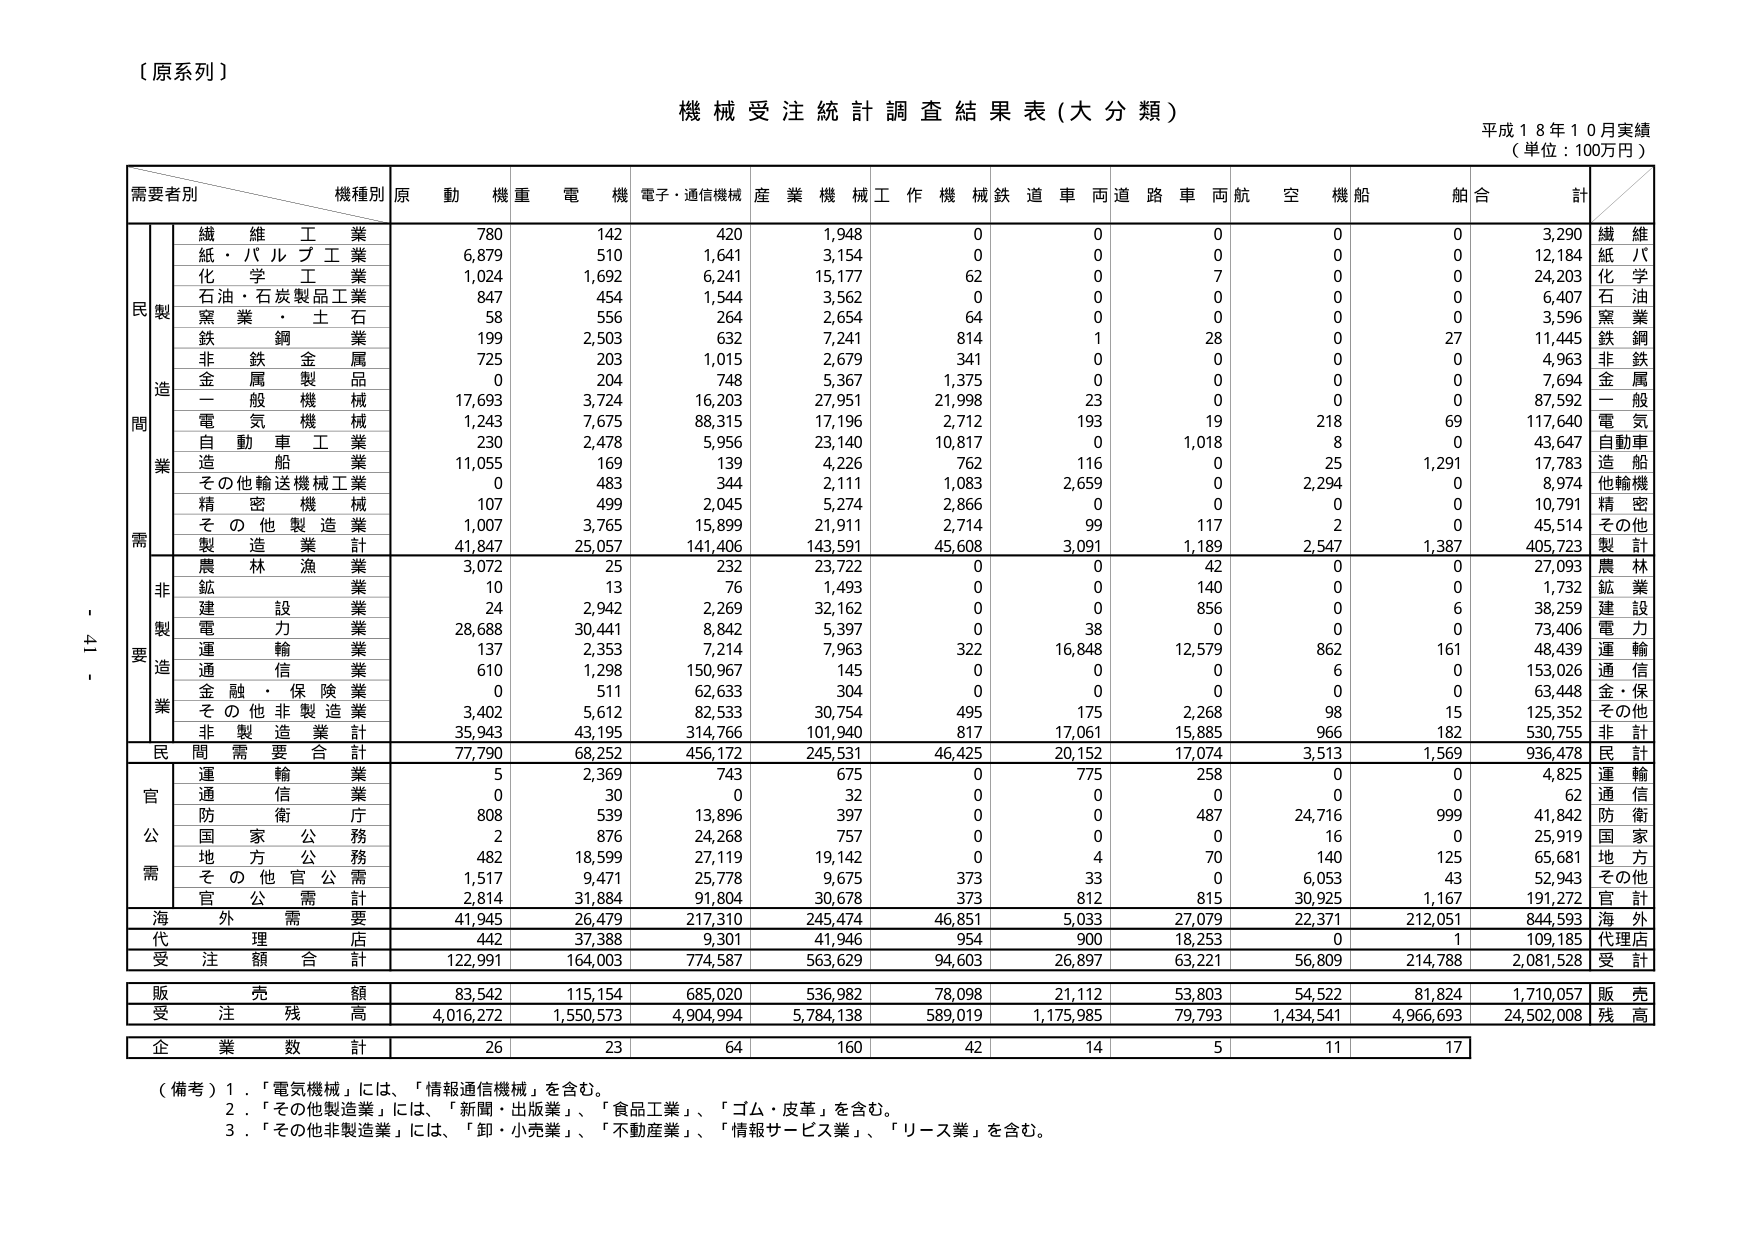
【原系列】

機械受注統計調査結果表（大分類）

平成１８年１０月実績
（単位：100万円）

需要者別　　機種別　　原　動　機　重　電　機　電子・通信機械　産業機械　工作機械　鉄道車両　道路車両　航空機　船舶　　舶合　　計

　　　　　　繊維工業　　　　　780　　　142　　　420　　　1,948　　　0　　　0　　　0　　　0　　　0　　　3,290　　繊維
　　　　　　紙・パルプ工業　　　6,879　　　510　　　1,641　　　3,154　　　0　　　0　　　0　　　0　　　0　　　12,184　　紙パ
　　　　　　化学工業　　　　　1,024　　　1,692　　　6,241　　　15,177　　　62　　　0　　　7　　　0　　　0　　　24,203　　化学
　　　　　　石油・石炭製品工業　847　　　454　　　1,544　　　3,562　　　0　　　0　　　0　　　0　　　0　　　6,407　　石油
　　　　　　窯業・土石　　　　58　　　556　　　264　　　2,654　　　64　　　0　　　0　　　0　　　0　　　3,596　　窯業
　　　　　　鉄鋼業　　　　　　199　　　2,503　　　632　　　7,241　　　814　　　1　　　28　　　0　　　27　　　11,445　　鉄鋼
　　　　　　非鉄金属　　　　　725　　　203　　　1,015　　　2,679　　　341　　　0　　　0　　　0　　　0　　　4,963　　非鉄
　　　　　　金属製品　　　　　0　　　204　　　748　　　5,367　　　1,375　　　0　　　0　　　0　　　0　　　7,694　　金属
　　　　　　一般機械　　　　　17,693　　　3,724　　　16,203　　　27,951　　　21,998　　　23　　　0　　　0　　　0　　　87,592　　一般
　　　　　　電気機械　　　　　1,243　　　7,675　　　88,315　　　17,196　　　2,712　　　193　　　19　　　218　　　69　　　117,640　　電気
　　　　　　自動車工業　　　　　230　　　2,478　　　5,956　　　23,140　　　10,817　　　0　　　1,018　　　8　　　0　　　43,647　　自動車
　　　　　　造船業　　　　　　11,055　　　169　　　139　　　4,226　　　762　　　116　　　0　　　25　　　1,291　　　17,783　　造船
　　　　　　その他輸送機械工業　0　　　483　　　344　　　2,111　　　1,083　　　2,659　　　0　　　2,294　　　0　　　8,974　　他輸機
　　　　　　精密機械　　　　　107　　　499　　　2,045　　　5,274　　　2,866　　　0　　　0　　　0　　　0　　　10,791　　精密
　　　　　　その他製造業　　　1,007　　　3,765　　　15,899　　　21,911　　　2,714　　　99　　　117　　　2　　　0　　　45,514　　その他
　　　　　　製造業計　　　　　41,847　　　25,057　　　141,406　　　143,591　　　45,608　　　3,091　　　1,189　　　2,547　　　1,387　　　405,723　　製計

　　　　　　農林漁業　　　　　3,072　　　25　　　232　　　23,722　　　0　　　0　　　42　　　0　　　0　　　27,093　　農林
　　　　　　鉱業　　　　　　　10　　　13　　　76　　　1,493　　　0　　　0　　　140　　　0　　　0　　　1,732　　鉱業
　　　　　　建設業　　　　　　24　　　2,942　　　2,269　　　32,162　　　0　　　0　　　856　　　0　　　6　　　38,259　　建設
　　　　　　電力業　　　　　　28,688　　　30,441　　　8,842　　　5,397　　　0　　　38　　　0　　　0　　　0　　　73,406　　電力
　　　　　　運輸業　　　　　　137　　　2,353　　　7,214　　　7,963　　　322　　　16,848　　　12,579　　　862　　　161　　　48,439　　運輸
　　　　　　通信業　　　　　　610　　　1,298　　　150,967　　　145　　　0　　　0　　　0　　　6　　　0　　　153,026　　通信
　　　　　　金融・保険業　　　0　　　511　　　62,633　　　304　　　0　　　0　　　0　　　0　　　0　　　63,448　　金・保
　　　　　　その他非製造業　　　3,402　　　5,612　　　82,533　　　30,754　　　495　　　175　　　2,268　　　98　　　15　　　125,352　　その他
　　　　　　非製造業計　　　　35,943　　　43,195　　　314,766　　　101,940　　　817　　　17,061　　　15,885　　　966　　　182　　　530,755　　非計

　　　　　　民間需要合計　　　77,790　　　68,252　　　456,172　　　245,531　　　46,425　　　20,152　　　17,074　　　3,513　　　1,569　　　936,478　　民計

　　　　　　運輸業　　　　　　5　　　2,369　　　743　　　675　　　0　　　775　　　258　　　0　　　0　　　4,825　　運輸
　　　　　　通信業　　　　　　0　　　30　　　0　　　32　　　0　　　0　　　0　　　0　　　0　　　62　　通信
　　　　　　防衛庁　　　　　　808　　　539　　　13,896　　　397　　　0　　　0　　　487　　　24,716　　　999　　　41,842　　防衛
　　　　　　国家公務　　　　　2　　　876　　　24,268　　　757　　　0　　　0　　　0　　　16　　　0　　　25,919　　国家
　　　　　　地方公務　　　　　482　　　18,599　　　27,119　　　19,142　　　0　　　4　　　70　　　140　　　125　　　65,681　　地方
　　　　　　その他官公需　　　1,517　　　9,471　　　25,778　　　9,675　　　373　　　33　　　0　　　6,053　　　43　　　52,943　　その他
　　　　　　官公需計　　　　　2,814　　　31,884　　　91,804　　　30,678　　　373　　　812　　　815　　　30,925　　　1,167　　　191,272　　官計

　　　　　　海外需要　　　　　41,945　　　26,479　　　217,310　　　245,474　　　46,851　　　5,033　　　27,079　　　22,371　　　212,051　　　844,593　　海外

　　　　　　代理店　　　　　　442　　　37,388　　　9,301　　　41,946　　　954　　　900　　　18,253　　　0　　　1　　　109,185　　代理店

　　　　　　受注額合計　　　　122,991　　　164,003　　　774,587　　　563,629　　　94,603　　　26,897　　　63,221　　　56,809　　　214,788　　　2,081,528　　受計

　　　　　　販売額　　　　　　83,542　　　115,154　　　685,020　　　536,982　　　78,098　　　21,112　　　53,803　　　54,522　　　81,824　　　1,710,057　　販売

　　　　　　受注残高　　　　　4,016,272　　　1,550,573　　　4,904,994　　　5,784,138　　　589,019　　　1,175,985　　　79,793　　　1,434,541　　　4,966,693　　　24,502,008　　残高

　　　　　　企業数計　　　　　26　　　23　　　64　　　160　　　42　　　14　　　5　　　11　　　17

（備考）1．「電気機械」には、「情報通信機械」を含む。
　　　　2．「その他製造業」には、「新聞・出版業」、「食品工業」、「ゴム・皮革」を含む。
　　　　3．「その他非製造業」には、「卸・小売業」、「不動産業」、「情報サービス業」、「リース業」を含む。

- 41 -